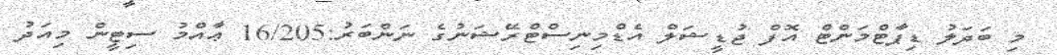
މި ބަދަލު ޑިޕާޓްމަންޓް އޮފް ޖުޑީޝަލް އެޑްމިނިސްޓްރޭޝަނުގެ ނަންބަރު:16/205 ޢާއްމު ސިޓީން މިއަދު